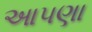
આ૫ણા